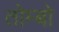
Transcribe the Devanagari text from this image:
तोम्बो